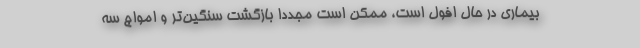
بیماری در حال افول است، ممکن است مجددا بازگشت سنگین‌تر و امواج سه